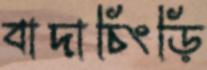
বাদাচিংড়ি